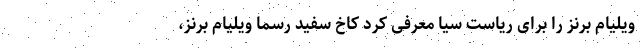
ویلیام برنز را برای ریاست سیا معرفی کرد کاخ سفید رسما ویلیام برنز،